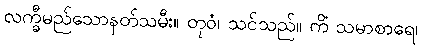
လက္ခီမည်သောနတ်သမီး။ တုဝံ၊ သင်သည်။ ကိံ သမာစာရေ၊